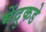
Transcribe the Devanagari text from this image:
मेंदुकडे